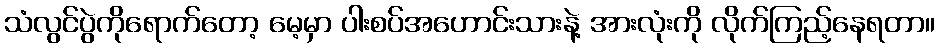
သံလွင်ပွဲကိုရောက်တော့ မေ့မှာ ပါးစပ်အဟောင်းသားနဲ့ အားလုံးကို လိုက်ကြည့်နေရတာ။